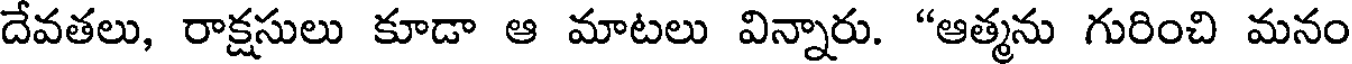
దేవతలు, రాక్షసులు కూడా ఆ మాటలు విన్నారు. "ఆత్మను గురించి మనం